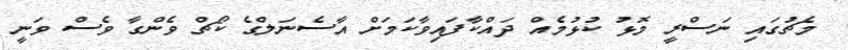
މެޗުގައި ނަސްރީ މޮޅު ކުޅުމެއް ދައްކާފައިވާކަމަށް އާސެނަލްގެ ކޯޗް ވެންގާ ވެސް ވަނީ